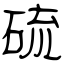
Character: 硫